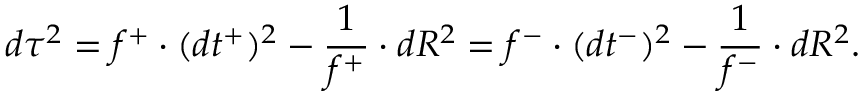
d \tau ^ { 2 } = f ^ { + } \cdot ( d t ^ { + } ) ^ { 2 } - \frac { 1 } { f ^ { + } } \cdot d R ^ { 2 } = f ^ { - } \cdot ( d t ^ { - } ) ^ { 2 } - \frac { 1 } { f ^ { - } } \cdot d R ^ { 2 } .